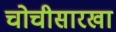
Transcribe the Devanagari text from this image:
चोचीसारखा